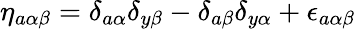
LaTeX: \eta_{a\alpha\beta}=\delta_{a\alpha}\delta_{y\beta}-\delta_{a\beta}\delta_{y\alpha}+\epsilon_{a\alpha\beta}